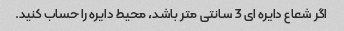
اگر شعاع دایره ای 3 سانتی متر باشد، محیط دایره را حساب کنید.